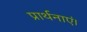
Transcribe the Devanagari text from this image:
प्रार्थनाएं।